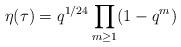
LaTeX: \begin{align*}\eta(\tau) = q^{1/24} \prod_{m \geq 1} (1 - q^m)\end{align*}